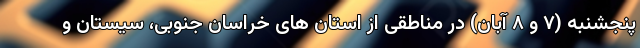
پنجشنبه (۷ و ۸ آبان) در مناطقی از استان های خراسان جنوبی، سیستان و